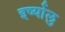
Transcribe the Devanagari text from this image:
इर्ष्यालु